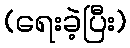
(ရေးခဲ့ပြီး)